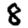
Digit: 8